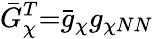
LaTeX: \bar{G}_{\chi}^{T}{=}\bar{g}_{\chi}g_{\chi NN}